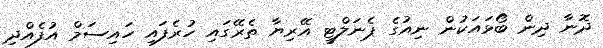
ދޮނާ ދިން ބޯޅައަކުން ނިއުގެ ޕެނަލްޓީ އޭރިޔާ ތެރޭގައި ހުރެފައި ހައިސަމް އުފެއްދި